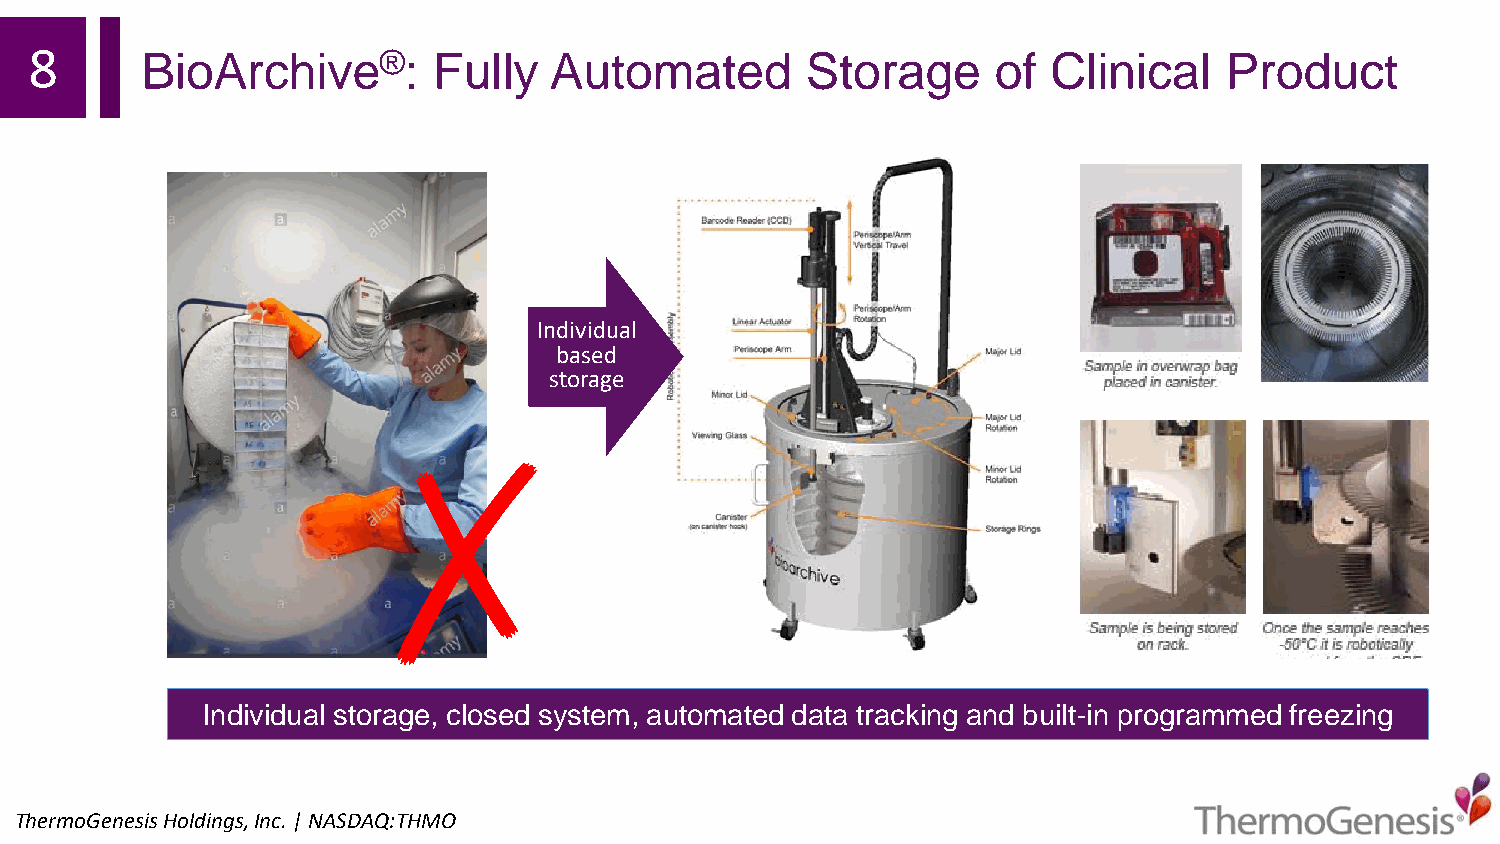
8      BioArchive®:        Fully  Automated        Storage      of  Clinical   Product
 Individual
 based
 storage
 ✗
 Individual storage, closed system, automated data tracking and built-in programmed freezing
 ThermoGenesisHoldings,Inc.| NASDAQ:THMO